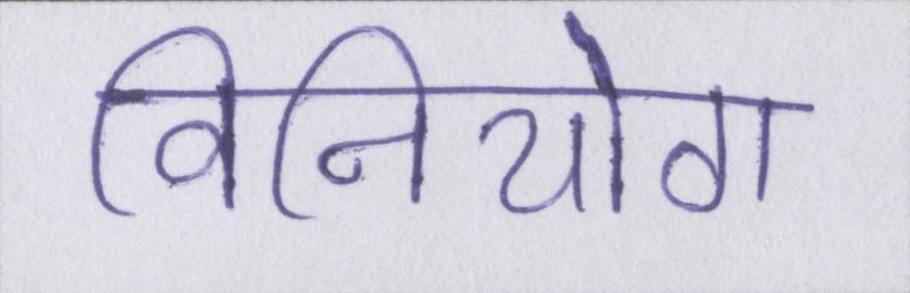
विनियोग